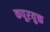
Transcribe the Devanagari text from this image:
कपूरयुक्त